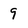
Character: 9